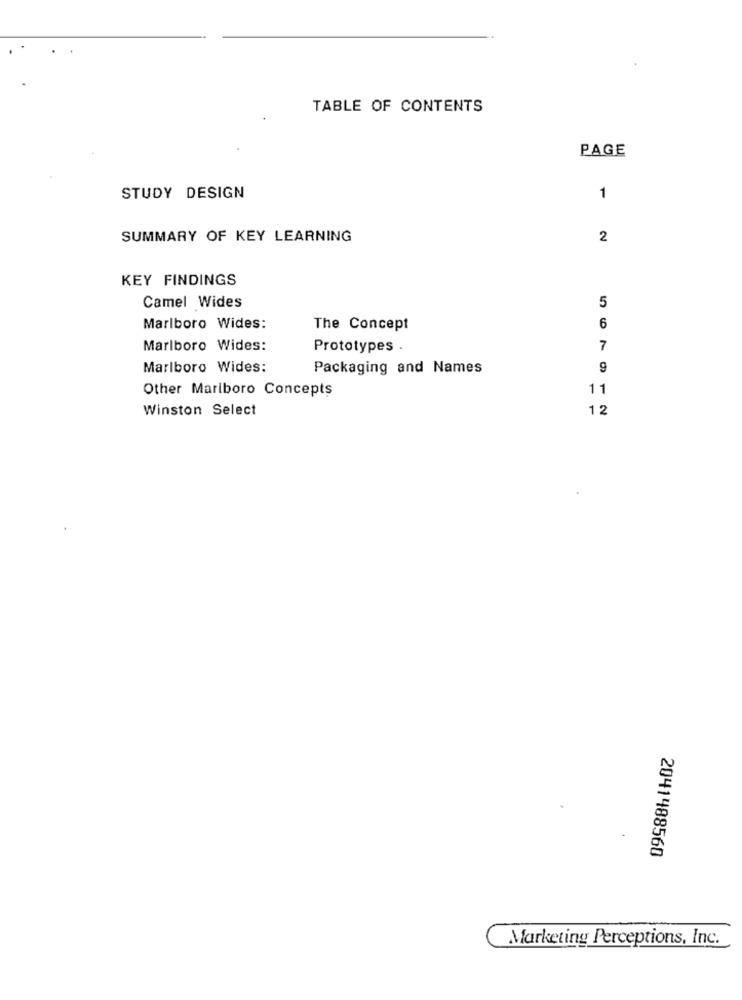
TABLE OF CONTENTS
PAGE
STUDY DESIGN
1
SUMMARY OF KEY LEARNING
2
KEY FINDINGS
5
Camel Wides
6
Marlboro Wides:
The Concept
Marlboro Wides:
Prototypes .
7
Marlboro Wides:
Packaging and Names
9
Other Marlboro Concepts
11
Winston Select
12
2041488560
Marketing Perceptions, Inc.